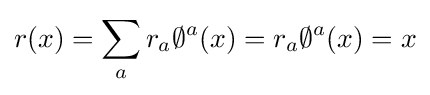
r(x)=\sum _{a}r_{a}\emptyset ^{a}(x)=r_{a}\emptyset ^{a}(x)=x